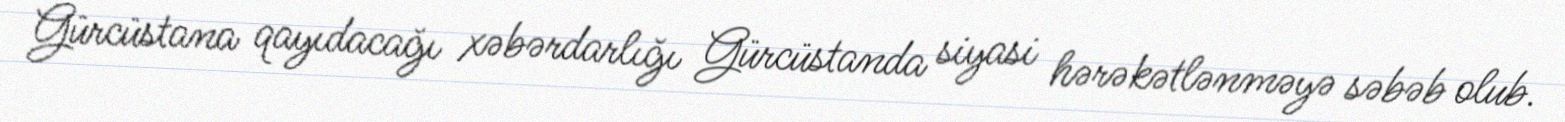
Gürcüstana qayıdacağı xəbərdarlığı Gürcüstanda siyasi hərəkətlənməyə səbəb olub.